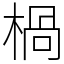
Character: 楇